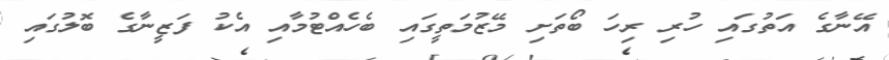
އޭނާގެ އަތުގައި ހުރި ރިހަ ބޯތަށި މޭޒުމަތީގައި ބެހެއްޓުމާއި އެކު ފަޒީނާގެ ބޮލުގައި